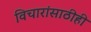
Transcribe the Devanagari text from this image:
विचारांसाठीही